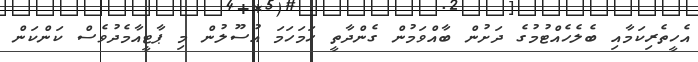
އެހީތެރިކަމާއި ބެލެހެއްޓުމުގެ ދަށުން ބާއްވަމުން ގެންދާތީ ހަމަހަމަ އުސޫލުން މި ޕާޓީއާމެދުވެސް ކަންކަން